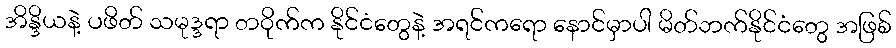
အိန္ဒိယနဲ့ ပဖိတ် သမုဒ္ဒရာ တဝိုက်က နိုင်ငံတွေနဲ့ အရင်ကရော နောင်မှာပါ မိတ်ဘက်နိုင်ငံတွေ အဖြစ်